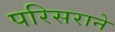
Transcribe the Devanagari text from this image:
परिसराने